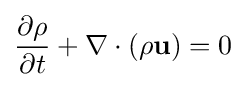
{\frac {\partial \rho }{\partial t}}+\nabla \cdot \left(\rho \mathbf {u} \right)=0